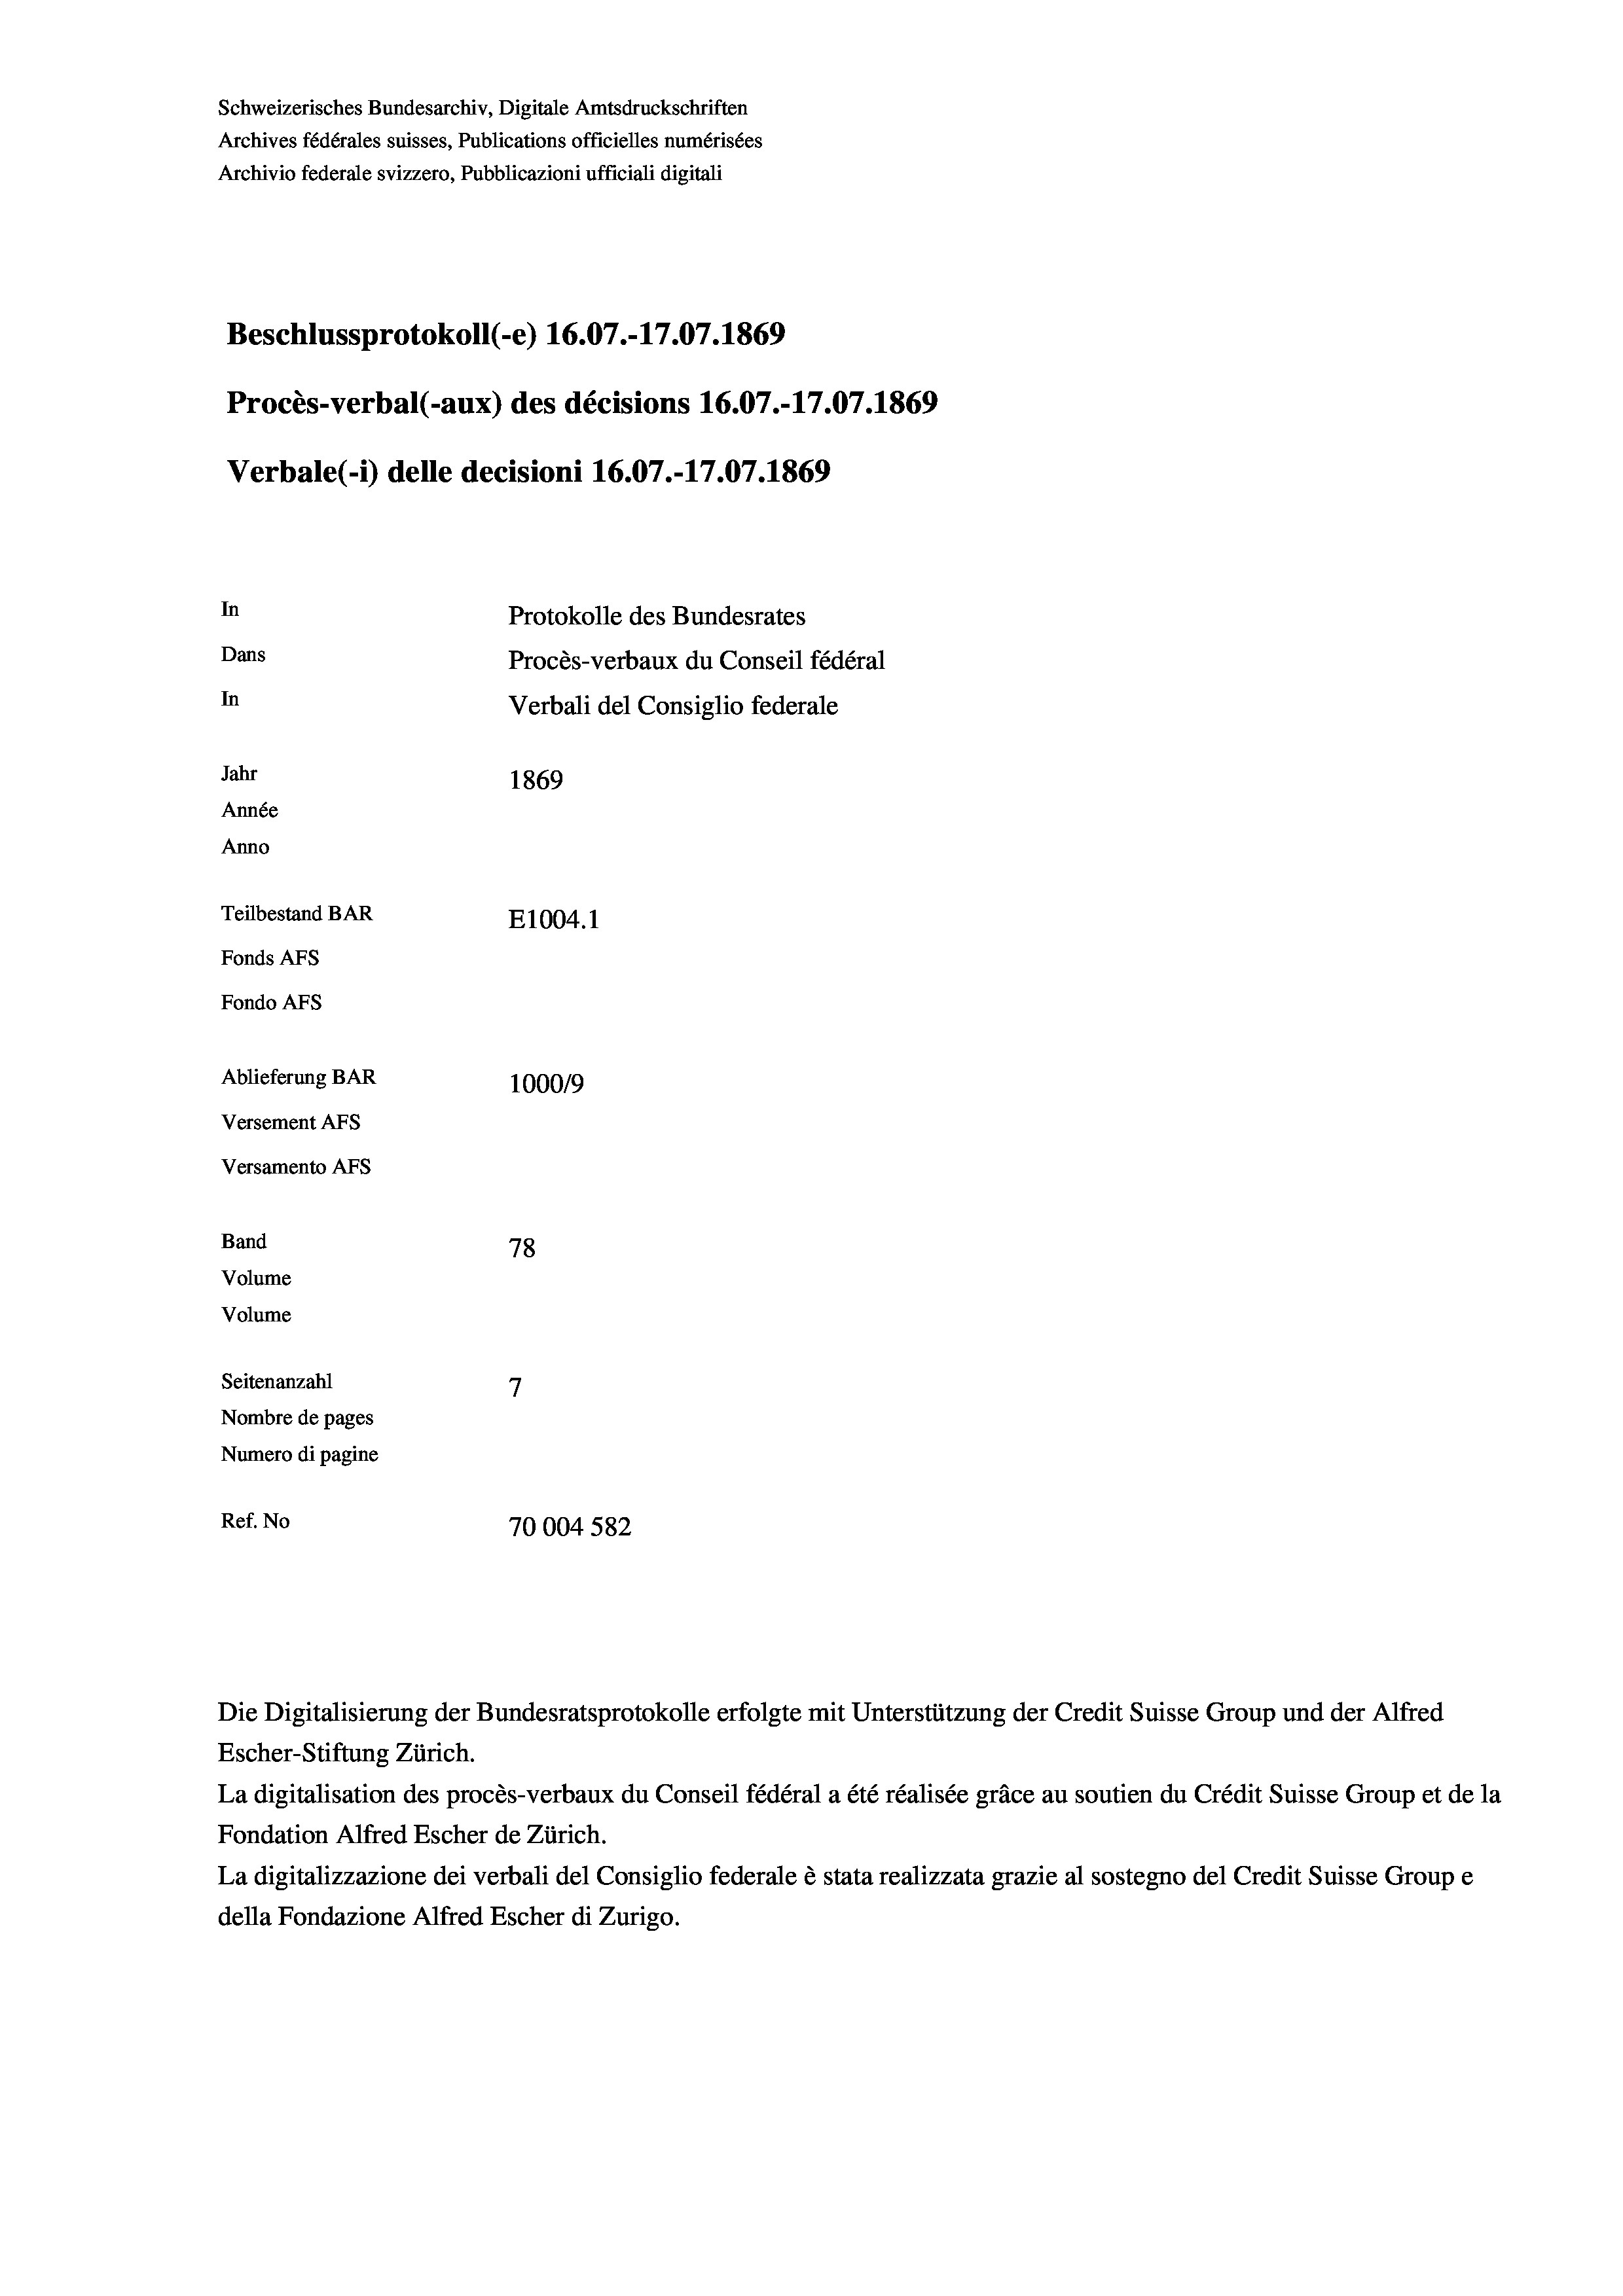
Schweizerisches Bundesarchiv, Digitale Amtsdruckschriften
Archives fédérales suisses, Publications officielles numérisées
Archivio federale svizzero, Pubblicazioni ufficiali digitali
Beschlussprotokoll (-e) 16.07.-17.07. 1869
Procès-verbal (-aux) des décisions 16.07.-17.07. 1869
Verbale (i) delle decisioni 16.07.-17.07. 1869
In
Protokolle des Bundesrates
Dans
Procès-verbaux du Conseil fédéral
In
Verbali del Consiglio federale
Jahr
1869
Année
Anno
Teilbestand BAR
E1004.1
Fonds AFs
Fondo AFs
Ablieferung BAR
100019
Versement AFs
Versamento AFs
Band
78
Volume
Volume
7
Seitenanzahl
Nombre de pages
Numero di pagine
Ref. No
70004 582

Escher-Stiftung Zürich.
La digitalisation des procès-verbaux du Conseil fédéral a été réalisée gräce au soutien du Crédit Suisse Group et de la
Fondation Alfred Escher de Zürich.
La digitalizzazione dei verbali del Consiglio federale è stata realizzata grazie al sostegno del Credit Suisse Groupe
della Fondazione Alfred Escher di Zurigo.

Die Digitalisierung der Bundesratsprotokolle erfolgte mit Unterstützung der Credit Suisse Group und der Alfred